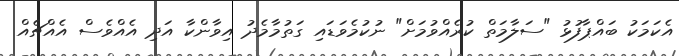
އެކަމަކު ބައްޕާފުޅު "ސަލާމަތް ކުރެއްވުމަށް" ނުކުމެވަޑައި ގަތުމާމެދު އިވާންކާ އަދި އެއްވެސް އެއްޗެއް